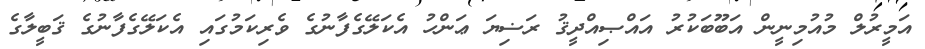
އަމީރުލް މުއުމިނީން އަބޫބަކުރު އައްޞިއްދީޤު ރަޟިޔަ ޢަންހު އެކަލޭގެފާނުގެ ވެރިކަމުގައި އެކަލޭގެފާނުގެ ޤަބީލާގެ